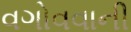
વગોવવાની